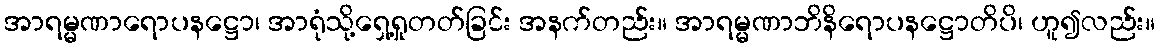
အာရမ္မဏာရောပနဋ္ဌော၊ အာရုံသို့ရှေ့ရှုတတ်ခြင်း အနက်တည်း။ အာရမ္မဏာဘိနိရောပနဋ္ဌောတိပိ၊ ဟူ၍လည်း။